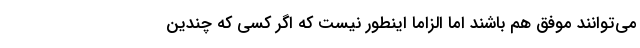
می‌توانند موفق هم باشند اما الزاما اینطور نیست که اگر کسی که چندین